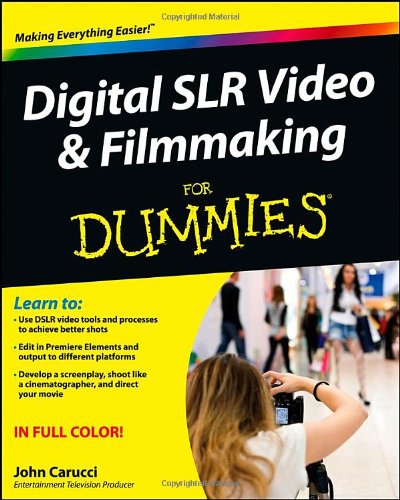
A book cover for Digital SLR Video and Filmmaking For Dummies; John Carucci; Arts & Photography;